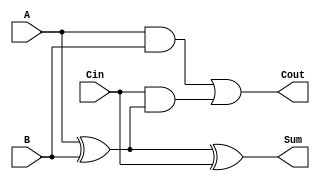
module full_adder (
    input wire A,       // First input bit
    input wire B,       // Second input bit
    input wire Cin,     // Carry-in bit
    output wire Sum,    // Sum output
    output wire Cout    // Carry-out output
);

// Intermediate signals
wire AxorB;          // Result of A XOR B

// Logic for Sum
assign AxorB = A ^ B;          // A XOR B
assign Sum = AxorB ^ Cin;      // Sum = (A XOR B) XOR Cin

// Logic for Cout
assign Cout = (A & B) | (Cin & AxorB); // Cout = (A AND B) OR (Cin AND (A XOR B))

endmodule